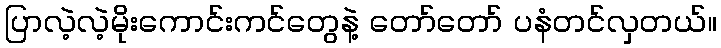
ပြာလဲ့လဲ့မိုးကောင်းကင်တွေနဲ့ တော်တော် ပနံတင်လှတယ်။